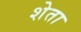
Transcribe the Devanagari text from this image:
शेता